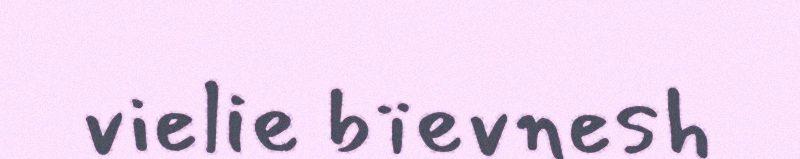
vielie bïevnesh